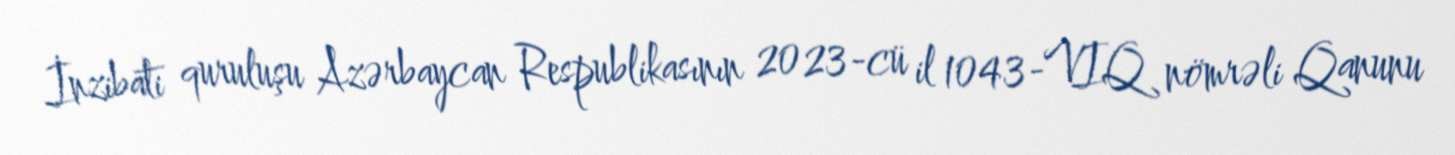
İnzibati quruluşu Azərbaycan Respublikasının 2023-cü il 1043-VIQ nömrəli Qanunu